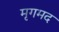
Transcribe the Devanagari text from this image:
मृगमद